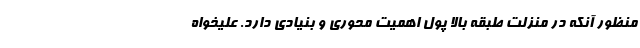
منظور آنکه در منزلت طبقه بالا پول اهمیت محوری و بنیادی دارد. علیخواه